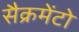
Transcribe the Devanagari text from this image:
सैक्रमेंटो